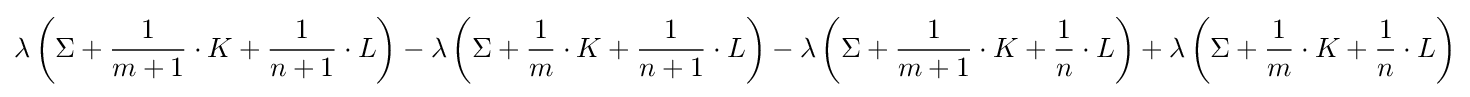
\lambda \left(\Sigma +{\frac {1}{m+1}}\cdot K+{\frac {1}{n+1}}\cdot L\right)-\lambda \left(\Sigma +{\frac {1}{m}}\cdot K+{\frac {1}{n+1}}\cdot L\right)-\lambda \left(\Sigma +{\frac {1}{m+1}}\cdot K+{\frac {1}{n}}\cdot L\right)+\lambda \left(\Sigma +{\frac {1}{m}}\cdot K+{\frac {1}{n}}\cdot L\right)